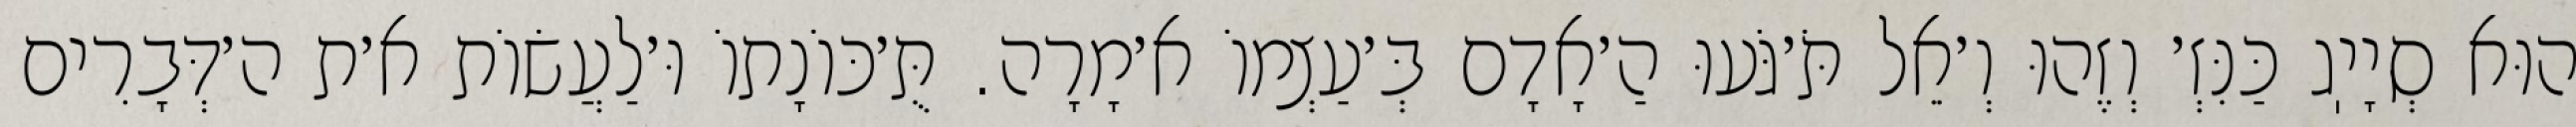
הוּא סְיָיֽג כַּנִּזְ׳ וְזֶהוּ וְ׳אֵל תֹּ׳גֹּעוּ הַ׳אָדָם בְּ׳עַצְמוֹ א׳מָרָה. תֻּ׳כּוֹנָתוֹ וּ׳לַעֲשׂוֹת א׳ת ה׳דְּבָרִים